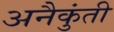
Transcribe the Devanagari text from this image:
अनैकुंती